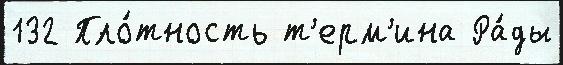
132 Пло́тность т'ерм'ина Ра́ды